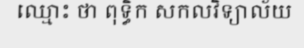
ឈ្មោះ ថា ពុទ្ធិក សកលវិទ្យាល័យ